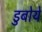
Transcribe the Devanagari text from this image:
डुबोये